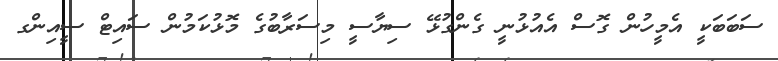
ސަބަބަކީ އެމީހުން ގޮސް އެއުޅުނީ ގެންގުޅޭ ސިޔާސީ މިސަރާބުގެ މޮޅުކަމުން ސައިޓް ސީއިންގ